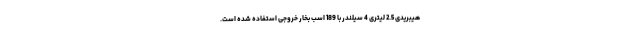
هیبریدی 2.5 لیتری 4 سیلندر با 189 اسب بخار خروجی استفاده شده است.